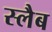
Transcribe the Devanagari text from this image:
स्‍लैब